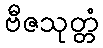
ဗီဇသုတ္တံ